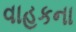
વાહકના